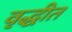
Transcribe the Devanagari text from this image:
वृद्धीत